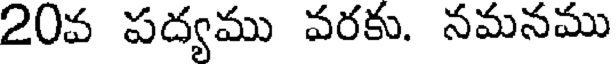
20వ పద్యము వరకు. నమనము